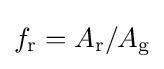
f_{\text{r}}=A_{\text{r}}/A_{\text{g}}